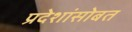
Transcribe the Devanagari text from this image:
प्रदेशांसोबत